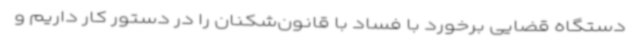
دستگاه قضایی برخورد با فساد با قانون‌شکنان را در دستور کار داریم و